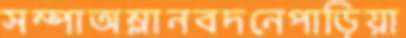
সম্পাঅম্লানবদনেপাড়িয়া